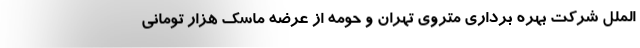
الملل شرکت بهره برداری متروی تهران و حومه از عرضه ماسک هزار تومانی